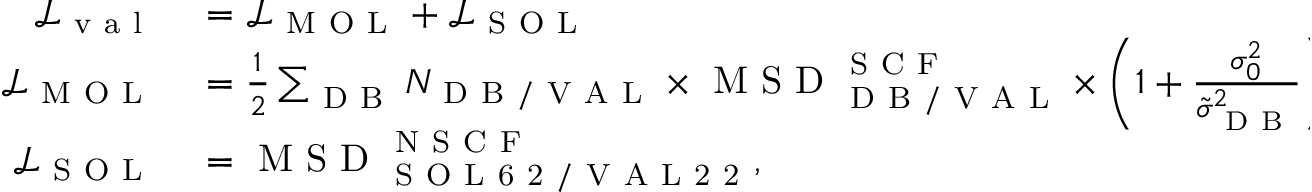
\begin{array} { r l } { \mathcal { L } _ { \mathrm { ~ v ~ a ~ l ~ } } } & { { } = \mathcal { L } _ { \mathrm { ~ M ~ O ~ L ~ } } + \mathcal { L } _ { \mathrm { ~ S ~ O ~ L ~ } } } \\ { \mathcal { L } _ { \mathrm { ~ M ~ O ~ L ~ } } } & { { } = \frac { 1 } { 2 } \sum _ { \mathrm { ~ D ~ B ~ } } N _ { \mathrm { ~ D ~ B ~ / ~ V ~ A ~ L ~ } } \times \mathrm { ~ M ~ S ~ D ~ } _ { \mathrm { ~ D ~ B ~ / ~ V ~ A ~ L ~ } } ^ { \mathrm { ~ S ~ C ~ F ~ } } \times \left( 1 + \frac { \sigma _ { 0 } ^ { 2 } } { \tilde { \sigma } _ { \mathrm { ~ D ~ B ~ } } ^ { 2 } } \right) } \\ { \mathcal { L } _ { \mathrm { ~ S ~ O ~ L ~ } } } & { { } = \mathrm { ~ M ~ S ~ D ~ } _ { \mathrm { ~ S ~ O ~ L ~ 6 ~ 2 ~ / ~ V ~ A ~ L ~ 2 ~ 2 ~ } } ^ { \mathrm { ~ N ~ S ~ C ~ F ~ } } , } \end{array}